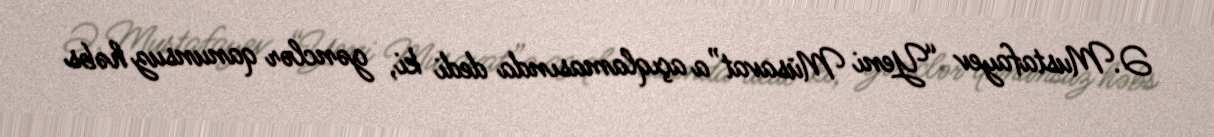
Ə.Mustafayev “Yeni Müsavat”a açıqlamasında dedi ki, gənclər qanunsuz həbs